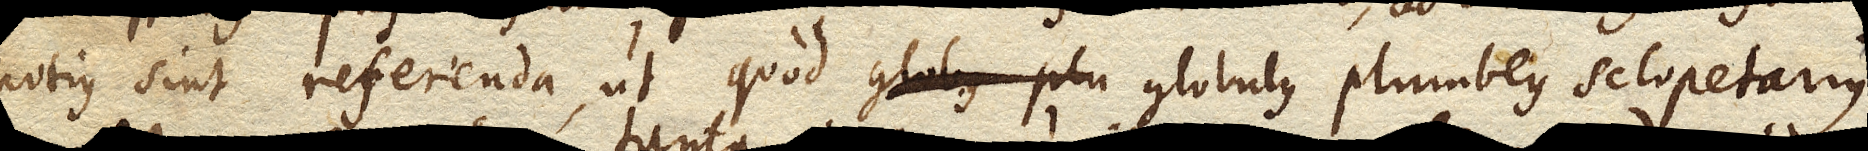
potius sint referenda, ut quod globus plu globulus plumbeus sclopetarius